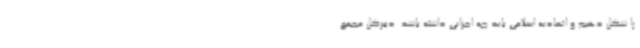
را شکل دهیم و اتحادیه اسلامی باید چه اجزایی داشته باشد. دبیرکل مجمع